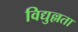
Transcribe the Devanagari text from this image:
विद्युल्लता